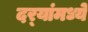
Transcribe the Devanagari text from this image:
दर्‍यांमध्ये